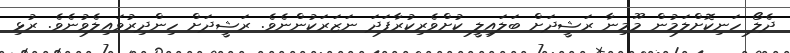
ދެލޯ ހަނިކޮށްލަމުން މޫމިނާ ރަޝީދަށް ބަލައިލީ ކުށްވެރިކުރާފަދަ ނަޒަރަކުންނެވެ. ރަޝީދަށް ހިންދިރުވައިލެވުނެވެ. ރުޅި